Reports on military cantonments and civil stations in the Presidency of Bombay inspected by the Sanitary Commissioner in the years 1875 and 1876
Year: 1875
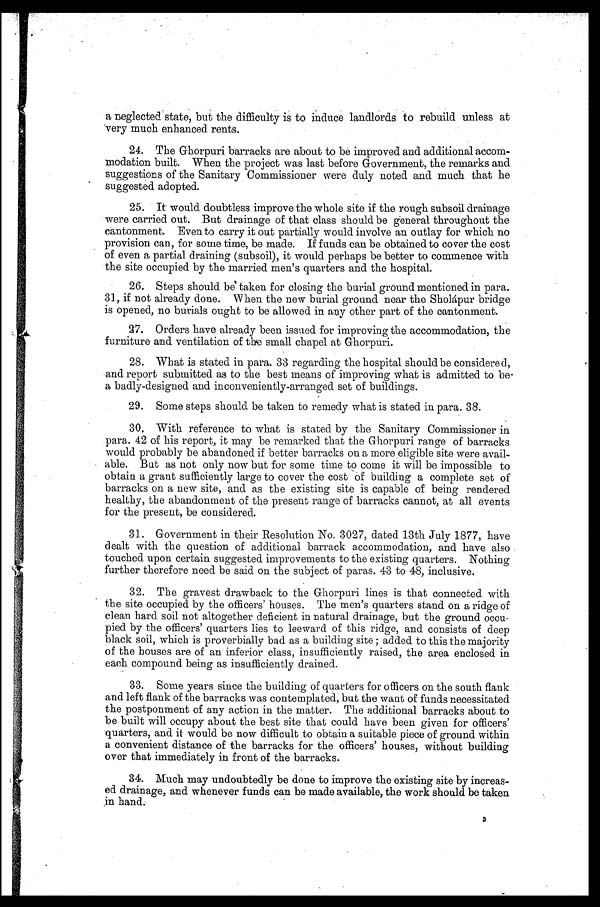
a neglected state, but the difficulty is to induce landlords to rebuild unless at
very much enhanced rents.
24. The Ghorpuri barracks are about to be improved and additional accom-
modation built. When the project was last before Government, the remarks and
suggestions of the Sanitary Commissioner were duly noted and much that he
• suggested adopted.
25. It would doubtless improve the whole site if the rough subsoil drainage
were carried out. But drainage of that class should be general throughout the
cantonment. Even to carry it out partially would involve an outlay for which no
provision can, for some time, be made. If funds can be obtained to cover the cost
of even a partial draining (subsoil), it would perhaps be better to commence with
the site occupied by the married men's quarters and the hospital.
26. Steps should be taken for closing the burial ground mentioned in para.
31, if not already done. When the new burial ground near the Shohápur bridge
is opened, no burials ought to be allowed in any other part of the cantonment.
27. Orders have already been issued for improving the accommodation, the
furniture and ventilation of the small chapel at Ghorpuri.
28. What is stated in para. 33 regarding the hospital should be considered,
and report submitted as to the best means of improving what is admitted to be
a badly-designed and inconveniently-arranged set of buildings.
2 9 . S o m e s t e p s s h o u l d b e t a k e n t o r e m e d y w h a t i s s t a t e d i n p a r a . 3 8 .
30. With reference to what is stated by the Sanitary Commissioner in
para. 42 of his report, it may be remarked that the Ghorpuri range of barracks
would probably be abandoned if better barracks on a more eligible site were avail--
able. But as not only now but for some time to come it will be impossible to
obtain a grant sufficiently large to cover the cost of building a complete set of
barracks on a new site, and as the existing site is capable of being rendered
healthy, the abandonment of the present range of barracks cannot, at all events
for the present, be considered.
31. Government in their Resolution No. 3027, dated 13th July 1877, have
dealt with the question of additional barrack accommodation, and have also
touched upon certain suggested improvements to the existing quarters. Nothing
further therefore need be said on the subject of paras. 43 to 48, inclusive.
32. The gravest drawback to the Ghorpuri lines is that connected with
the site occupied by the officers' houses. The men's quarters stand on a ridge of
clean hard soil not altogether deficient in natural drainage, but the ground occu-
- p i e d b y t h e o f f i c e r s ' q u a r t e r s l i e s t o l e e w a r d o f t h i s r i d g e , a n d c o n s i s t s o f d e e p
black soil, which is proverbially bad as a building site; added to this the majority
of the houses are of an inferior class, insufficiently raised, the area enclosed in
each compound being as insufficiently drained.
33. Some years since the building of quarters for officers on the south flank
and left flank of the barracks was contemplated, but the want of funds necessitated
the postponment of any action in the matter. The additional barracks about to
be built will occupy about the best site that could have been given for officers'
quarters, and it would be now difficult to obtain a suitable piece of ground within
a convenient distance of the barracks for the officers' houses, without building
over that immediately in front of the barracks.
•
34. Much may undoubtedly be done to improve the existing site by increas-
- e d d r a i n a g e , a n d w h e n e v e r f u n d s c a n b e m a d e a v a i l a b l e , t h e w o r k s h o u l d b e t a k e n
in hand.
3